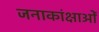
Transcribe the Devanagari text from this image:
जनाकांक्षाओं